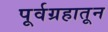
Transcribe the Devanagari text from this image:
पूर्वग्रहातून